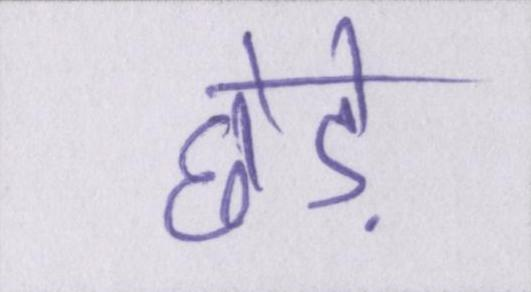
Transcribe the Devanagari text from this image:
छेड़े